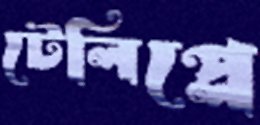
টেলিপ্লে